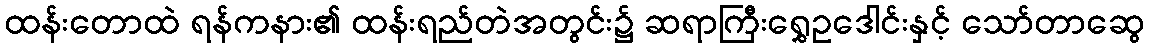
ထန်းတောထဲ ရန်ကနား၏ ထန်းရည်တဲအတွင်း၌ ဆရာကြီးရွှေဥဒေါင်းနှင့် သော်တာဆွေ